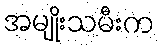
အမျိုးသမီးက